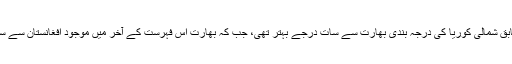
اس سروے کے مطابق شمالی کوریا کی درجہ بندی بھارت سے سات درجے بہتر تھی، جب کہ بھارت اس فہرست کے آخر میں موجود افغانستان سے سات درجے بہتر تھا۔